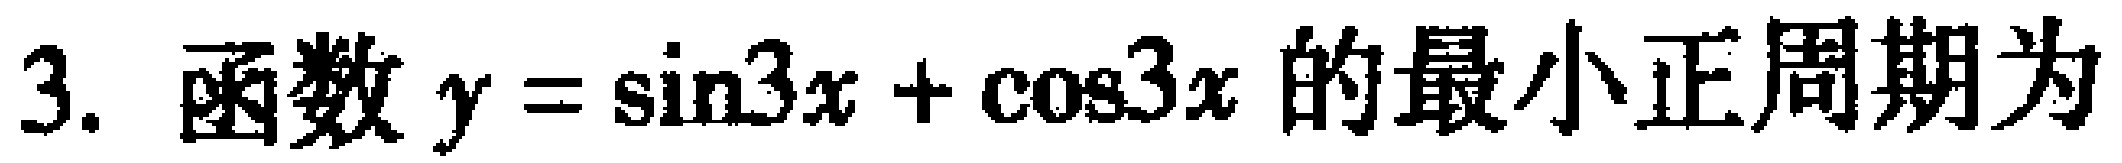
3. 函数\(y = \sin3x + \cos3x\)的最小正周期为